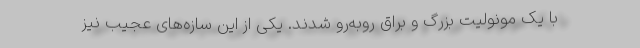
با یک مونولیت بزرگ و براق روبه‌رو شدند. یکی از این سازه‌های عجیب نیز